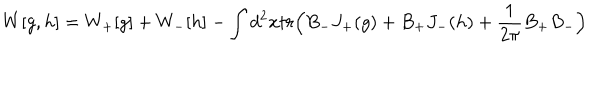
W [ g , h ] = W _ { + } [ g ] + W _ { - } [ h ] - \int d ^ { 2 } x t r \Big ( B _ { - } J _ { + } ( g ) + B _ { + } J _ { - } ( h ) + \frac { 1 } { 2 \pi } B _ { + } B _ { - } \Big )